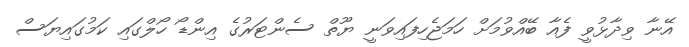
އޭނާ ވިދާޅުވީ ފެއާ ބޭއްވުމަށް ހަމަޖެހިފައިވަނީ ޔޫތް ސެންޓަރުގެ އިންޑޯ ހޯލްގައި ކަމުގައިޔަސް